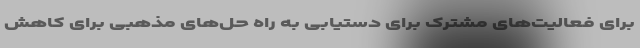
برای فعالیت‌های مشترک برای دستیابی به راه حل‌های مذهبی برای کاهش